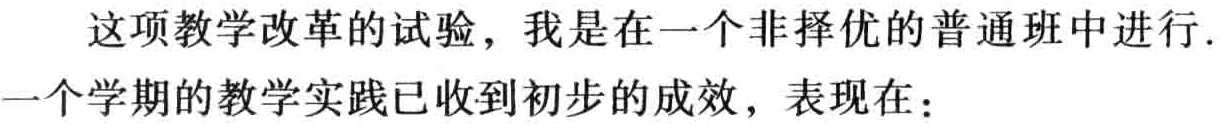
这项教学改革的试验，我是在一个非择优的普通班中进行.一个学期的教学实践已收到初步的成效，表现在：